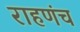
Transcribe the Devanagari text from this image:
राहणंच